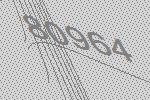
80964